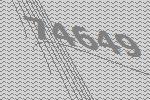
74649